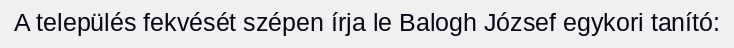
A település fekvését szépen írja le Balogh József egykori tanító: